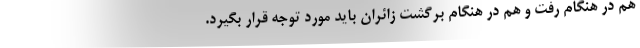
هم در هنگام رفت و هم در هنگام برگشت زائران باید مورد توجه قرار بگیرد.